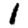
Digit: 1